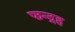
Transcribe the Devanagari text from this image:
फन्द्रह